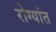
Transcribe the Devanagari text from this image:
रोग्यांत